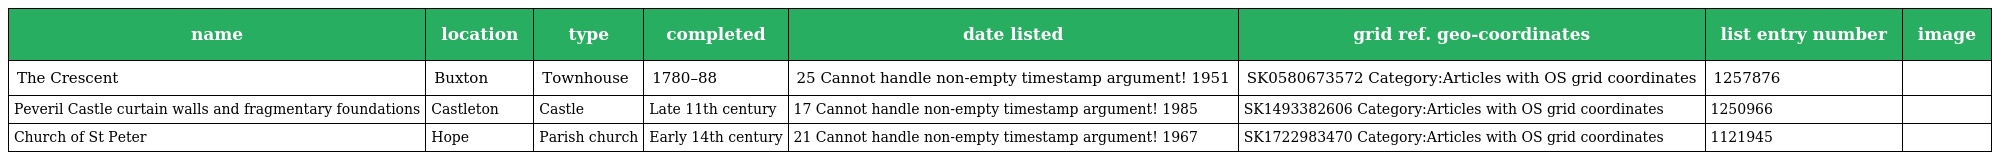
| name | location | type | completed | date listed | grid ref. geo-coordinates | list entry number | image |
 | --- | --- | --- | --- | --- | --- | --- | --- |
 | The Crescent | Buxton | Townhouse | 1780–88 | 25 Cannot handle non-empty timestamp argument! 1951 | SK0580673572 Category:Articles with OS grid coordinates | 1257876 |  |
 | Peveril Castle curtain walls and fragmentary foundations | Castleton | Castle | Late 11th century | 17 Cannot handle non-empty timestamp argument! 1985 | SK1493382606 Category:Articles with OS grid coordinates | 1250966 |  |
 | Church of St Peter | Hope | Parish church | Early 14th century | 21 Cannot handle non-empty timestamp argument! 1967 | SK1722983470 Category:Articles with OS grid coordinates | 1121945 |  |